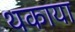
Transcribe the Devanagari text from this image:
थकाया